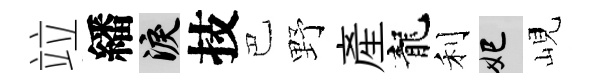
竝繙泪技巴野産龍利妃峴